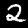
Digit: 2